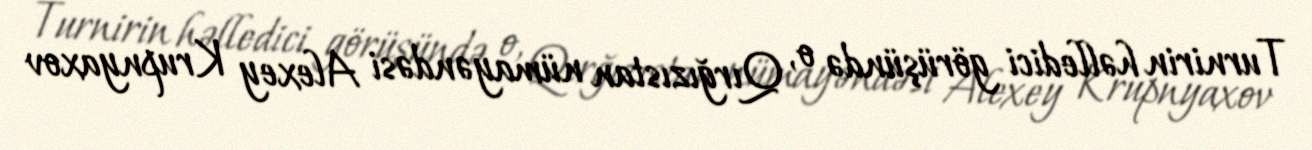
Turnirin həlledici görüşündə o, Qırğızıstan nümayəndəsi Alexey Krupnyaxov